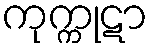
ကုက္ကုဋာ